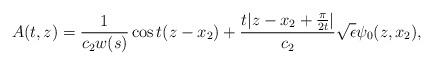
LaTeX: \begin{align*} A(t,z) = \frac{1}{c_2 w(s)} \cos t(z- x_2) + \frac{t|z-x_2 + \frac{\pi}{2t}|}{c_2} \sqrt{\epsilon} \psi_0 (z, x_2),\end{align*}